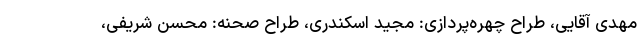
مهدی آقایی، طراح چهره‌پردازی: مجید اسکندری، طراح صحنه: محسن شریفی،